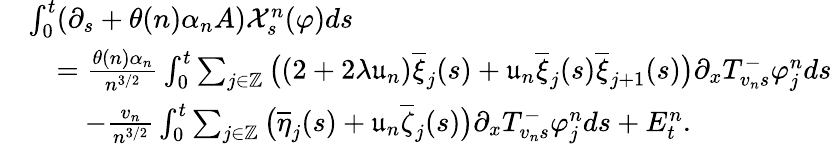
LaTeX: \begin{array}{rl}&{\int_{0}^{t}(\partial_{s}+\theta(n)\alpha_{n}A)\mathcal{X}_{s}^{n}(\varphi)ds}\\ &{\quad=\frac{\theta(n)\alpha_{n}}{n^{3/2}}\int_{0}^{t}\sum_{j\in\mathbb{Z}}\big((2+2\lambda\mathfrak{u}_{n})\overline{{\xi}}_{j}(s)+\mathfrak{u}_{n}\overline{{\xi}}_{j}(s)\overline{{\xi}}_{j+1}(s)\big)\partial_{x}T_{v_{n}s}^{-}\varphi_{j}^{n}ds}\\ &{\qquad-\frac{v_{n}}{n^{3/2}}\int_{0}^{t}\sum_{j\in\mathbb{Z}}\big(\overline{{\eta}}_{j}(s)+\mathfrak{u}_{n}\overline{{\zeta}}_{j}(s)\big)\partial_{x}T_{v_{n}s}^{-}\varphi_{j}^{n}ds+E_{t}^{n}.}\end{array}